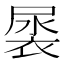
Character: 𮖎